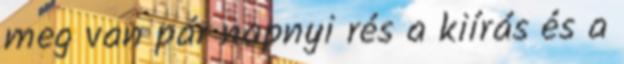
meg van pár napnyi rés a kiírás és a